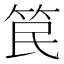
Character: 笢